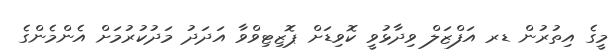
މީގެ އިތުރުން ޑރ އަފްޒަލް ވިދާޅުވީ ކޮވިޑަށް ޕޮޒިޓިވްވާ އަދަދު މަދުކުރުމަށް އެންމެންގެ